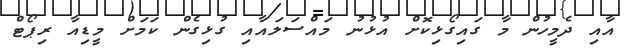
އާއި ދެމީހުން މާ ގައިގޯޅިކޮށް އުޅުނު މައްސަލައާއި ގުޅިގެން ކަމަށް މީޑިއާ ރިޕޯޓް